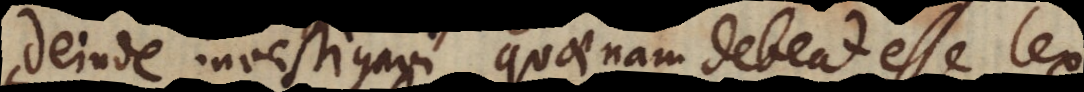
Deinde investigavi, quaenam debeat esse lex